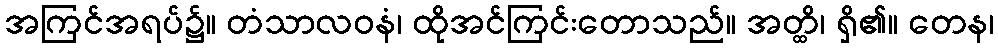
အကြင်အရပ်၌။ တံသာလဝနံ၊ ထိုအင်ကြင်းတောသည်။ အတ္ထိ၊ ရှိ၏။ တေန၊